Scottish Leaving Certificate Examination, 1956
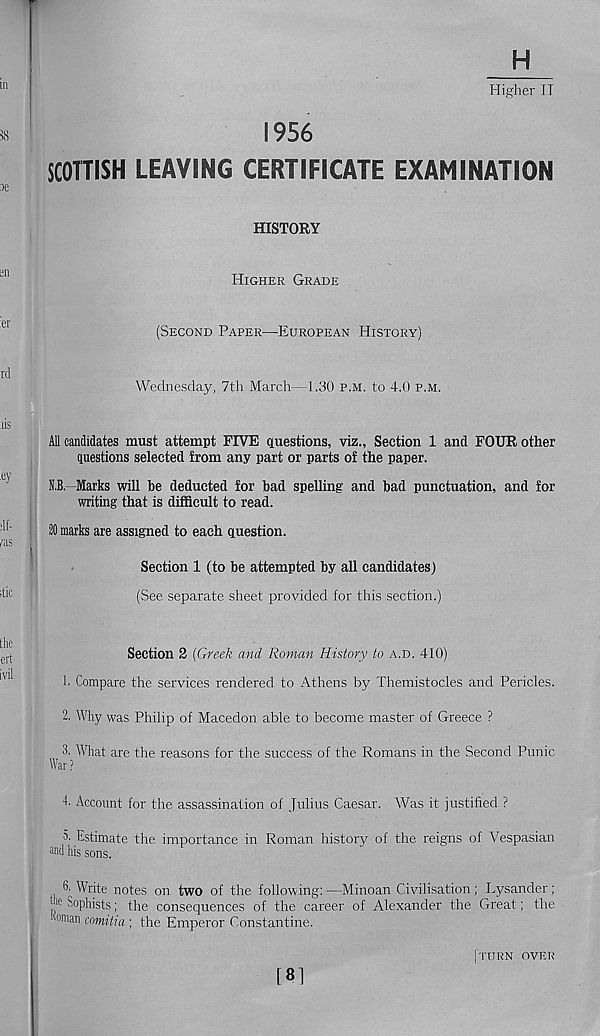
H
Higher IT
1956
SCOTTISH LEAVING CERTIFICATE EXAMINATION
HISTORY
HIGHER GRADE
(SECOND PAPER—EUROPEAN HISTORY)
Wednesday, 7th March—1.30 P.M. to 4.0 P.M.
All candidates must attempt FIVE questions, viz., Section 1 and FOUR other
questions selected from any part or parts of the paper.
N.B.—Marks will be deducted for bad spelling and bad punctuation, and for
writing that is difficult to read.
20 marks are assigned to each question.
i
Section 1 (to be attempted by all candidates)
(See separate sheet provided for this section.)
Section 2 {Greek and Roman History to A.D. 410)
1. Compare the services rendered to Athens by Themistocles and Pericles.
2. Why was Philip of Macedon able to become master of Greece ?
3. What are the reasons for the success of the Romans in the Second Punic
War?
!• Account for the assassination of Julius Caesar. Was it justified ?
3- Estimate the importance in Roman history of the reigns of Vespasian
Md his sons.
fi- Write notes on two of the following: —Minoan Civilisation; Lysander;
! ’ e Sophists; the consequences of the career of Alexander the Great; the
oma n comitia ; the Emperor Constantine.
I'TURN OVER
[81